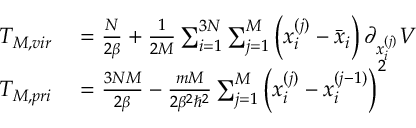
\begin{array} { r l } { T _ { M , v i r } } & { { } = \frac { N } { 2 \beta } + \frac { 1 } { 2 M } \sum _ { i = 1 } ^ { 3 N } \sum _ { j = 1 } ^ { M } \left( x _ { i } ^ { ( j ) } - \Bar { x } _ { i } \right) \partial _ { x _ { i } ^ { ( j ) } } V } \\ { T _ { M , p r i } } & { { } = \frac { 3 N M } { 2 \beta } - \frac { m M } { 2 \beta ^ { 2 } \hbar ^ { 2 } } \sum _ { j = 1 } ^ { M } \left( x _ { i } ^ { ( j ) } - x _ { i } ^ { ( j - 1 ) } \right) ^ { 2 } } \end{array}